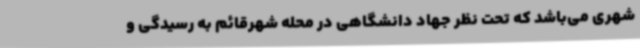
شهری می‌باشد که تحت نظر جهاد دانشگاهی در محله شهرقائم به رسیدگی و